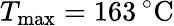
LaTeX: T_{\mathrm{max}}=163\, ^{\circ}\mathrm{C}